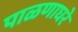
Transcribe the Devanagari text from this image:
पाळणाघरे